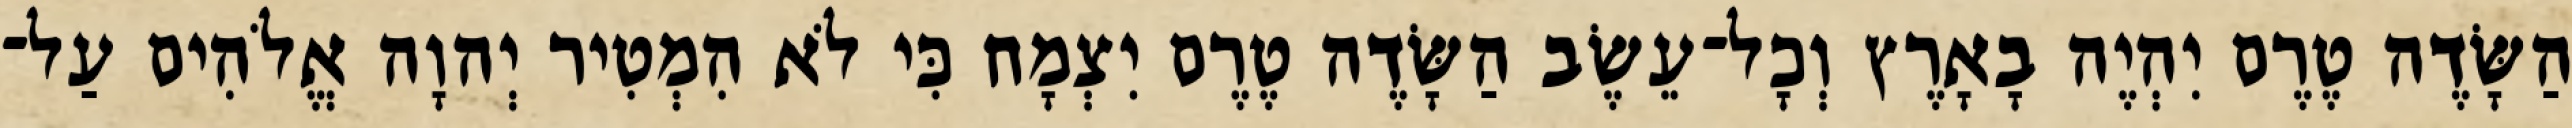
הַשָּׂדֶה טֶרֶם יִהְיֶה בָאָרֶץ וְכָל־עֵשֶׂב הַשָּׂדֶה טֶרֶם יִצְמָח כִּי לֹא הִמְטִיר יְהוָה אֱלֹהִים עַל־